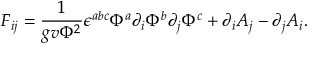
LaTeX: { \cal F } _ { i j } = { \frac { 1 } { g v \Phi ^ { 2 } } } \epsilon ^ { a b c } \Phi ^ { a } \partial _ { i } \Phi ^ { b } \partial _ { j } \Phi ^ { c } + \partial _ { i } A _ { j } - \partial _ { j } A _ { i } .